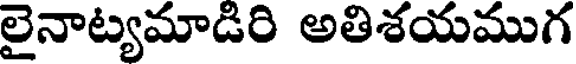
లైనాట్యమాడిరి అతిశయముగ